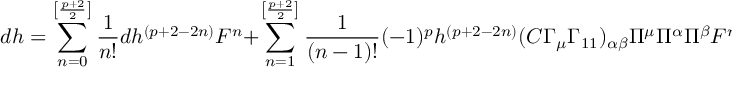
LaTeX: d h = \sum _ { n = 0 } ^ { \left[ \frac { p + 2 } { 2 } \right] } \frac { 1 } { n ! } d h ^ { ( p + 2 - 2 n ) } { \cal F } ^ { n } + \sum _ { n = 1 } ^ { \left[ \frac { p + 2 } { 2 } \right] } \frac { 1 } { ( n - 1 ) ! } ( - 1 ) ^ { p } h ^ { ( p + 2 - 2 n ) } ( C \Gamma _ { \mu } \Gamma _ { 1 1 } ) _ { \alpha \beta } \Pi ^ { \mu } \Pi ^ { \alpha } \Pi ^ { \beta } { \cal F } ^ { n - 1 } \quad ,